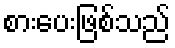
စားပေးဖြစ်သည်